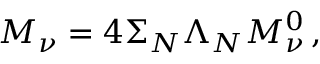
\begin{array} { r } { M _ { \nu } = 4 \Sigma _ { N } \Lambda _ { N } M _ { \nu } ^ { 0 } \, , } \end{array}